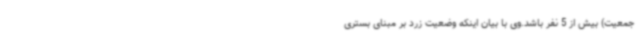
جمعیت) بیش از 5 نفر باشد.وی با بیان اینکه وضعیت زرد بر مبنای بستری